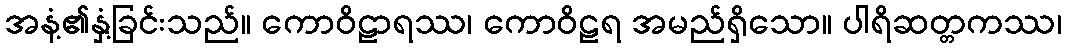
အနံ့၏နှံ့ခြင်းသည်။ ကောဝိဠာရဿ၊ ကောဝိဠရ အမည်ရှိသော။ ပါရိဆတ္တကဿ၊